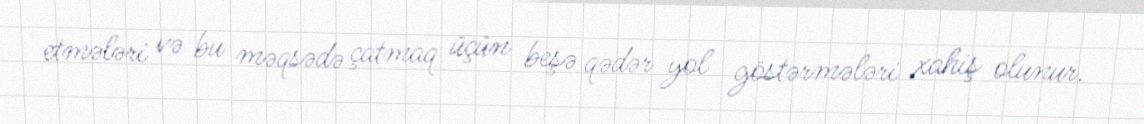
etmələri və bu məqsədə çatmaq üçün beşə qədər yol göstərmələri xahiş olunur.